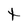
Character: t